Medical and sanitary report of the native army of Bengal for the year
Year: 1876
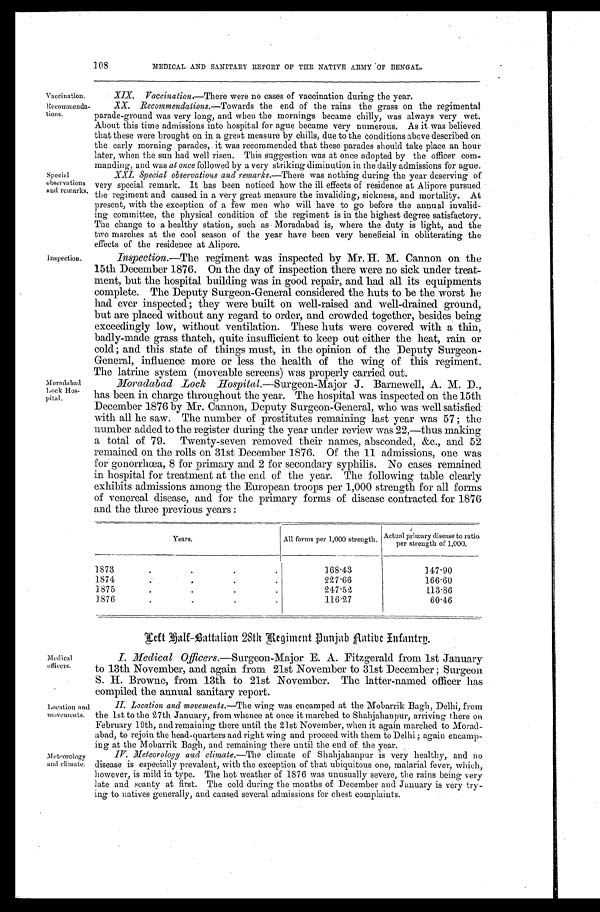
108
MEDICAL AND SANITARY REPORT OF THE NATIVE ARMY OF BENGAL.
Vaccination.
XIX. Vaccination .—There were no cases of vaccination during the year.
Recommenda -
tions.
XX. Recommendations.—Towards the end of the rains the grass on the regimental
parade-ground was very long, and when the mornings became chilly, was always very wet.
About this time admissions into hospital for ague became very numerous. As it was believed
that these were brought on in a great measure by chills, due to the conditions above described on
the early morning parades, it was recommended that these parades should take place an hour
later, when the sun had well risen. This suggestion was at once adopted by the officer com
-manding, and was at once followed by a very striking diminution in the daily admissions for ague.
Special
observations
and remarks.
XXI. Special observations and remarks.— There was nothing during the year deserving of
very special remark. It has been noticed how the ill effects of residence at Alipore pursued
the regiment and caused in a very great measure the invaliding, sickness, and mortality. At
present, with the exception of a few men who will have to go before the annual invalid
-ing committee, the physical condition of the regiment is in the highest degree satisfactory.
The change to a healthy station, such as Moradabad is, where the duty is light, and the
two marches at the cool season of the year have been very beneficial in obliterating the
effects of the residence at Alipore.
Inspection.
Inspection.—The regiment was inspected by Mr. H. M. Cannon on the
15th December 1876. On the day of inspection there were no sick under treat
- m e n t , b u t t h e h o s p i t a l b u i l d i n g w a s i n g o o d r e p a i r , a n d h a d a l l i t s e q u i p m e n t s
complete. The Deputy Surgeon-General considered the huts to be the worst he
had ever inspected; they were built on well-raised and well-drained ground,
but are placed without any regard to order, and crowded together, besides being
exceedingly low, without ventilation. These huts were covered with a thin,
badly-made grass thatch, quite insufficient to keep out either the heat, rain or
cold; and this state of things must, in the opinion of the Deputy Surgeon-
General, influence more or less the health of the wing of this regiment.
The latrine system (moveable screens) was properly carried out.
Moradabad
Lock Hos-
pital.
Moradabad Lock hospital. —Surgeon-Major J. Barnewell, A. M. D.,
has been in charge throughout the year. The hospital was inspected on the 15th
December 1876 by Mr. Cannon, Deputy Surgeon-General, who was well satisfied
with all he saw. The number of prostitutes remaining last year was 57; the
number added to the register during the year under review was 22,—thus making
a total of 79. Twenty-seven removed their names, absconded, &c., and 52
remained on the rolls on 31st December 1876. Of the 11 admissions, one was
for gonorrhœa, 8 for primary and 2 for secondary syphilis. No cases remained
in hospital for treatment at the end of the year. The following table clearly
exhibits admissions among the European troops per 1,000 strength for all forms
of venereal disease, and for the primary forms of disease contracted for 1876
and the three previous years:
Years.
All forms per 1,000 strength. Actual primary disease to ratio
per strength of 1,000.
1873
168.43
147.90
1874
227.66
166.60
1875
247.52
113.86
1876
116.27
60.46
Left half-Battalion 28th Regiment Punjab Native Infantry.
Medical officers.
I . M e d i c a l O f f i c e r s . — S u r g e o n - M a j o r E . A . F i t z g e r a l d f r o m 1 s t J a n u a r y t o 1 3 t h N o v e m b e r , a n d a g a i n f r o m 2 1 s t N o v e m b e r t o 3 1 s t D e c e m b e r ; S u r g e o n
S. H. Browne, from 13th to 21st November. The latter-named officer has
compiled the annual sanitary report.
Location and
movements.
I I . L o c a t i o n a n d m o v e m e n t s . — The wing was encamped at the Mobarrik Bagh, Delhi, from
the 1st to the 27th January, from whence at once it marched to Shahjahanpur, arriving there on
February 19th, and remaining there until the 21st November, when it again marched to Morad-
abad, to rejoin the head-quarters and right wing and proceed with them to Delhi; again encamp-
ing at the Mobarrik Bagh, and remaining there until the end of the year.
Meteorology
and climate.
IV. Meteorology and climate. —The climate of Shahjahanpur is very healthy, and no
disease is especially prevalent, with the exception of that ubiquitous one, malarial fever, which,
however, is mild in type. The hot weather of 1876 was unusually severe, the rains being very
late and scanty at first. The cold during the months of December and January is very try-
ing to natives generally, and caused several admissions for chest complaints.